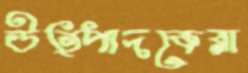
উত্পাদকেরা